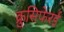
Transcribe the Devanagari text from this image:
क्रुसिफेरई